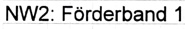
Text: NW2: Förderband 1